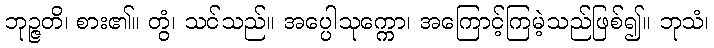
ဘုဉ္ဇတိ၊ စား၏။ တွံ၊ သင်သည်။ အပ္ပေါသုက္ကော၊ အကြောင့်ကြမဲ့သည်ဖြစ်၍။ ဘုသံ၊